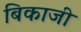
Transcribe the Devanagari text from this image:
बिकाजी